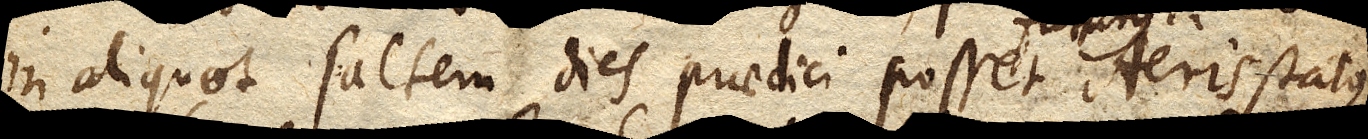
in aliquot saltem dies praedici posset, Aeris status.